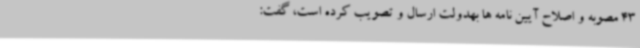
43 مصوبه و اصلاح آیین نامه ها بهدولت ارسال و تصویب کرده است، گفت: